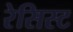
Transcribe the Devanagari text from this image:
रेसिस्ट